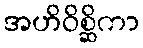
အဟိဝိစ္ဆိကာ